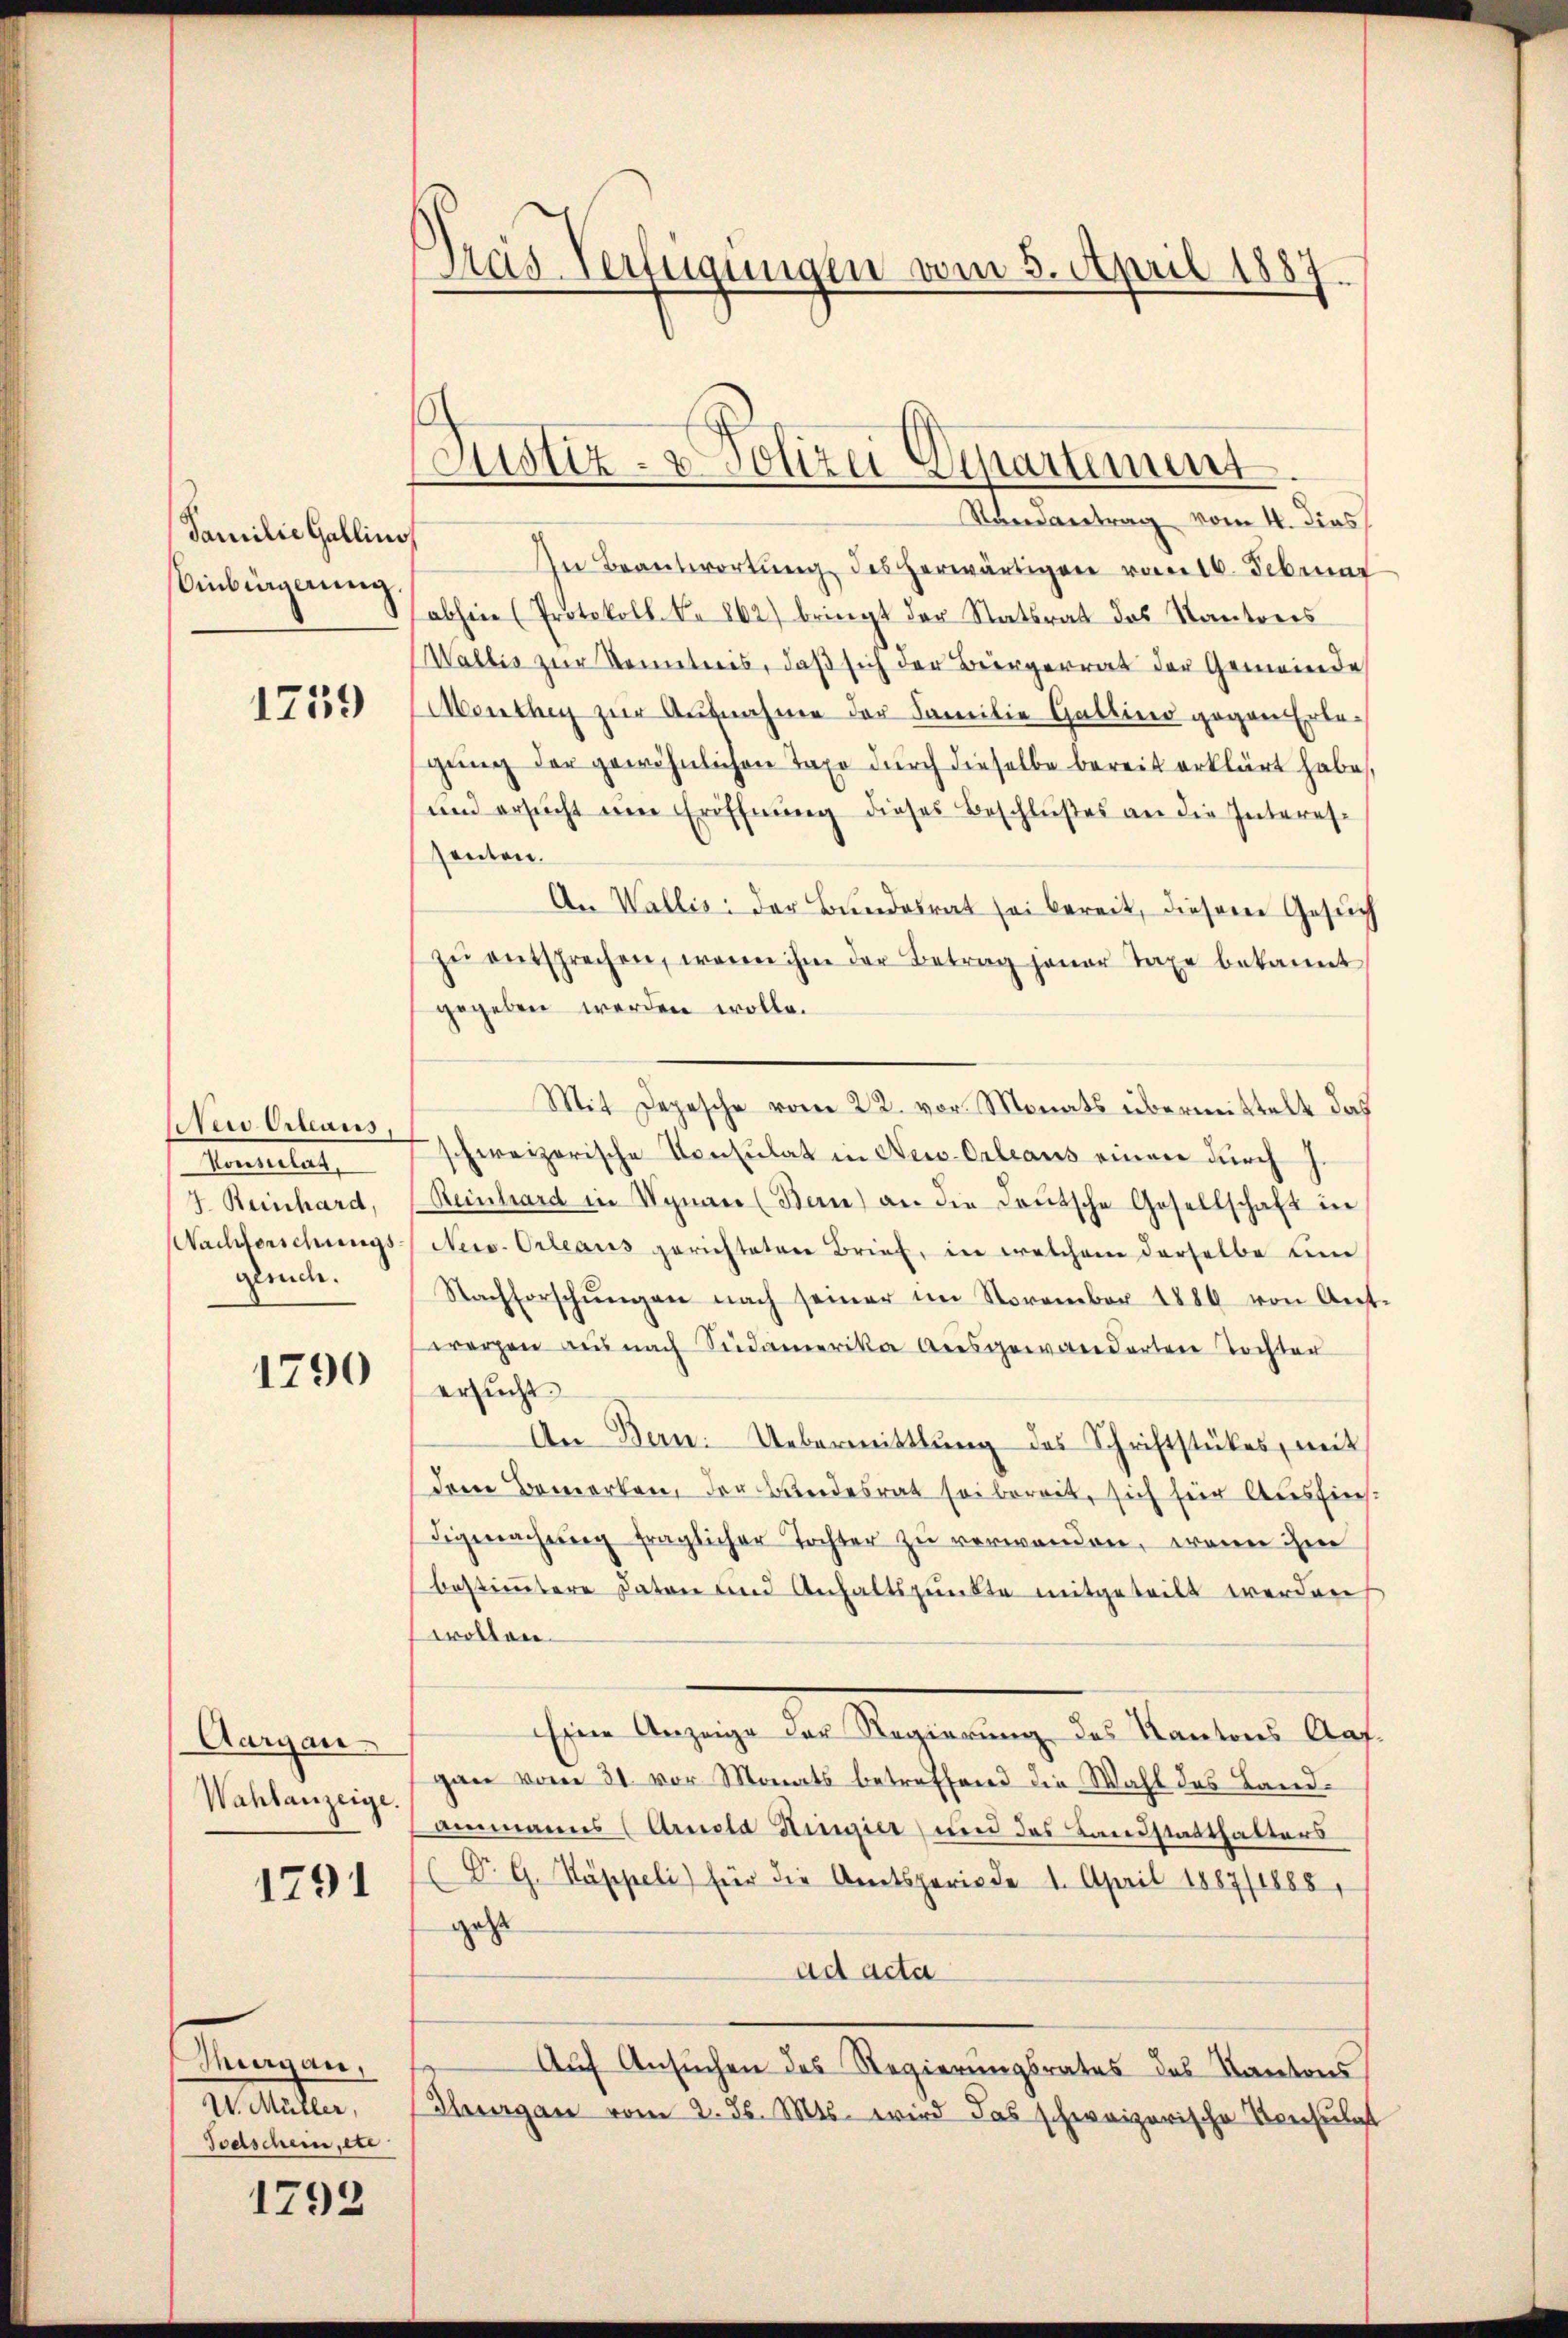
Familie Gallinos
Einbingerung.

1759

Neu Orleans,
Sentilat,
7. Reinhard,
Nachforschungs
Gemnde.

1790

Aargau
Wahlanzeige.

1791

Margau,
W. Müller,
Todschein, etc

1792

Tras Verfügungen vom 3. April 1887.

Justiz- & Polizei-Separtement.

Randantrag vom 4. Dies
In Beantwortung des herwärtigen vom 16. Februar
abhin (Protokoll No 262) bringt der Statsrat das Kantrees
Wallis zur Kenntnis, daß sich der Bergerrat der Gemeinde
Monthey zur Aufnahme der Familie Gattiner gegen Erle-
gŭng der gewöhnlichen Taxe durch dieselbe bereit erklärt habe,
und ersucht eine Eröffnung dieses Beschlußes an die Interessenten.
An Wallis der Bŭndesrat sei bereit, diesem Gesŭch
zŭ entsprechen, wenn ihm der Betrag jener Taxe bekannt
gegeben werden wolle.
Mit Depesche vom 22. vor. Monats übermittelt das
schweizerische Konsulat in New-Orleaus einen durch
Reinhard in Synau (Bern) an die deŭtsche Gesellschaft in
New-Orleaus gerichteten Brief, in welchem derselbe um
Nachforschŭngen nach seiner im November 1880 von Ant-
werzen aŭs nach Seidamerika ausgewanderten Tochter
ersucht.
An Bern: Uebermittlung des Schriftstükes, mit
dem Bemerken, der Bundesrat sei bereit, sich für Ausfindigemachŭng fraglicher Tochter zu verwenden, wenn ihm
bestimmtere Daten und Anhaltspunkte mitgeteilt werden
trollen.
siere Anzeige der Regierung des Kantons Aafgan vom 31. vor Monats betreffend die Wahl des Landammanns (Arnola Hingier, und das Landstatthalters
Dr. G. Sappeli) für die Amtsperiode 1. April 1887/1888
geht
ad acta
Auf Ansuchen des Regierungsrates des Kantons
Hergan vom 2. ds. Mts. wird das schweizerische Konsulat